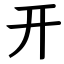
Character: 开